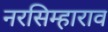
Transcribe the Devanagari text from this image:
नरसिम्हाराव